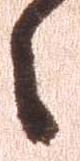
々